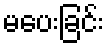
မပေးခြင်း